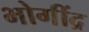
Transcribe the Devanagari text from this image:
भोगींद्र